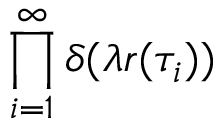
\prod _ { i = 1 } ^ { \infty } \delta ( \lambda r ( \tau _ { i } ) )